Senior Leaving Certificate Examination (including Day School Certificate (Higher) General paper), 1947
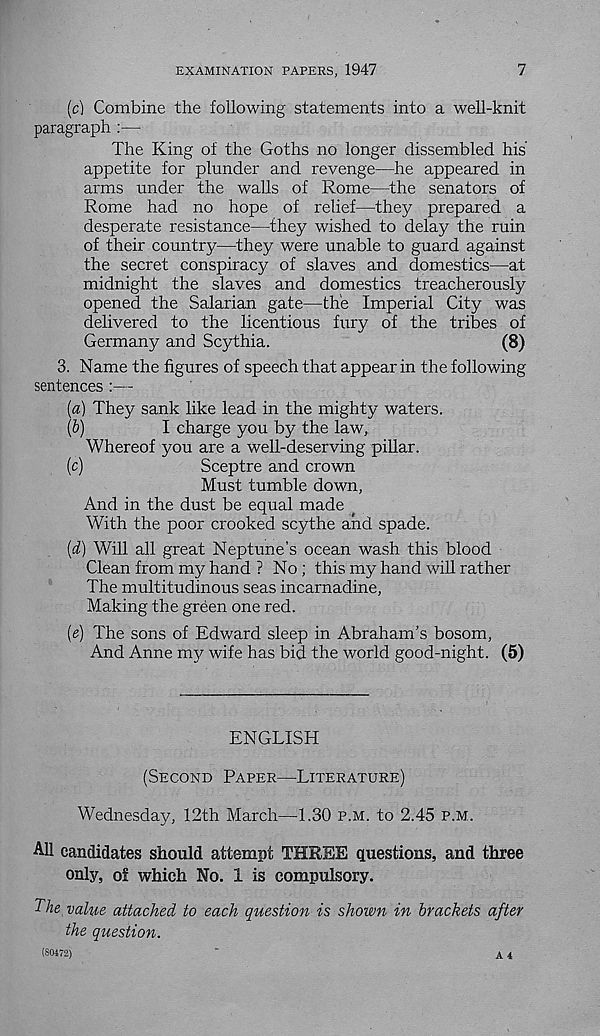
EXAMINATION PAPERS, 1947
7
(c)
Combine the following statements into
paragraph :—
The King of the Goths no longer dissembled his
appetite for plunder and revenge—he appeared in
arms under the walls of Rome—the senators of
Rome had no hope of relief—they prepared a
desperate resistance—they wished to delay the ruin
of their country—they were unable to guard against
the secret conspiracy of slaves and domestics—at
midnight the slaves and domestics treacherously
opened the Salarian gate—the Imperial City was
delivered to the licentious fury of the tribes of
Germany and Scythia.
(8)
3. Name the figures of speech that appear in the following
sentences :—
(a) They sank like lead in the mighty waters.
(b)
I charge you by the law.
Whereof you are a well-deserving pillar.
(c)
Sceptre and crown
Must tumble down,
And in the dust be equal made _
With the poor crooked scythe and spade.
(d) Will all great Neptune’s ocean wash this blood
Clean from my hand ? No ; this my hand will rather
The multitudinous seas incarnadine,
Making the green one red.
(e) The sons of Edward sleep in Abraham’s bosom,
And Anne my wife has bid the world good-night. (5)
ENGLISH
(SECOND PAPER—LITERATURE)
Wednesday, 12th March—1.30 P.M. to 2.45 P.M.
All candidates should attempt THREE questions, and three
only, of which No. 1 is compulsory.
TAe value attached to each question is shown in brackets after
the question.
(80472)
'
A 4